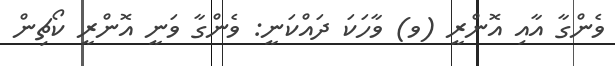
ވެންގާ އާއި އޮންރީ (ވ) ވާހަކަ ދައްކަނީ: ވެންގާ ވަނީ އޮންރީ ކޯޗިން